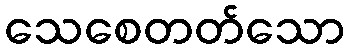
သေစေတတ်သော